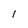
Character: l